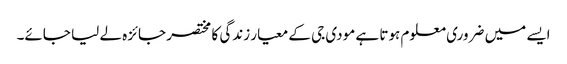
ایسے میں ضروری معلوم ہوتا ہے مودی جی کے معیار زندگی کا مختصر جائزہ لے لیا جائے۔